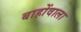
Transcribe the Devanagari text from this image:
बाहोंवाला